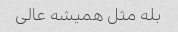
بله مثل همیشه عالی